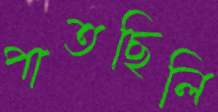
পাতছিলি